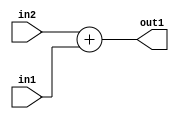
`timescale 1ps / 1ps
/*****************************************************************************
    Verilog RTL Description
    
    
    Created by: Stratus DpOpt 21.05.01 
*******************************************************************************/

module Filter_Add_11Ux9U_12U_1 (
	in2,
	in1,
	out1
	); /* architecture "behavioural" */ 
input [10:0] in2;
input [8:0] in1;
output [11:0] out1;
wire [11:0] asc001;

assign asc001 = 
	+(in2)
	+(in1);

assign out1 = asc001;
endmodule

/* CADENCE  ubH2Sg8= : u9/ySxbfrwZIxEzHVQQV8Q== ** DO NOT EDIT THIS LINE ******/